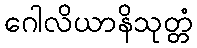
ဂေါလိယာနိသုတ္တံ